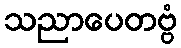
သညာပေတဗ္ဗံ